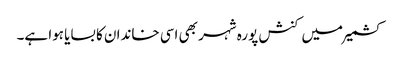
کشمیر میں کنش پورہ شہر بھی اسی خاندان کا بسایا ہوا ہے۔